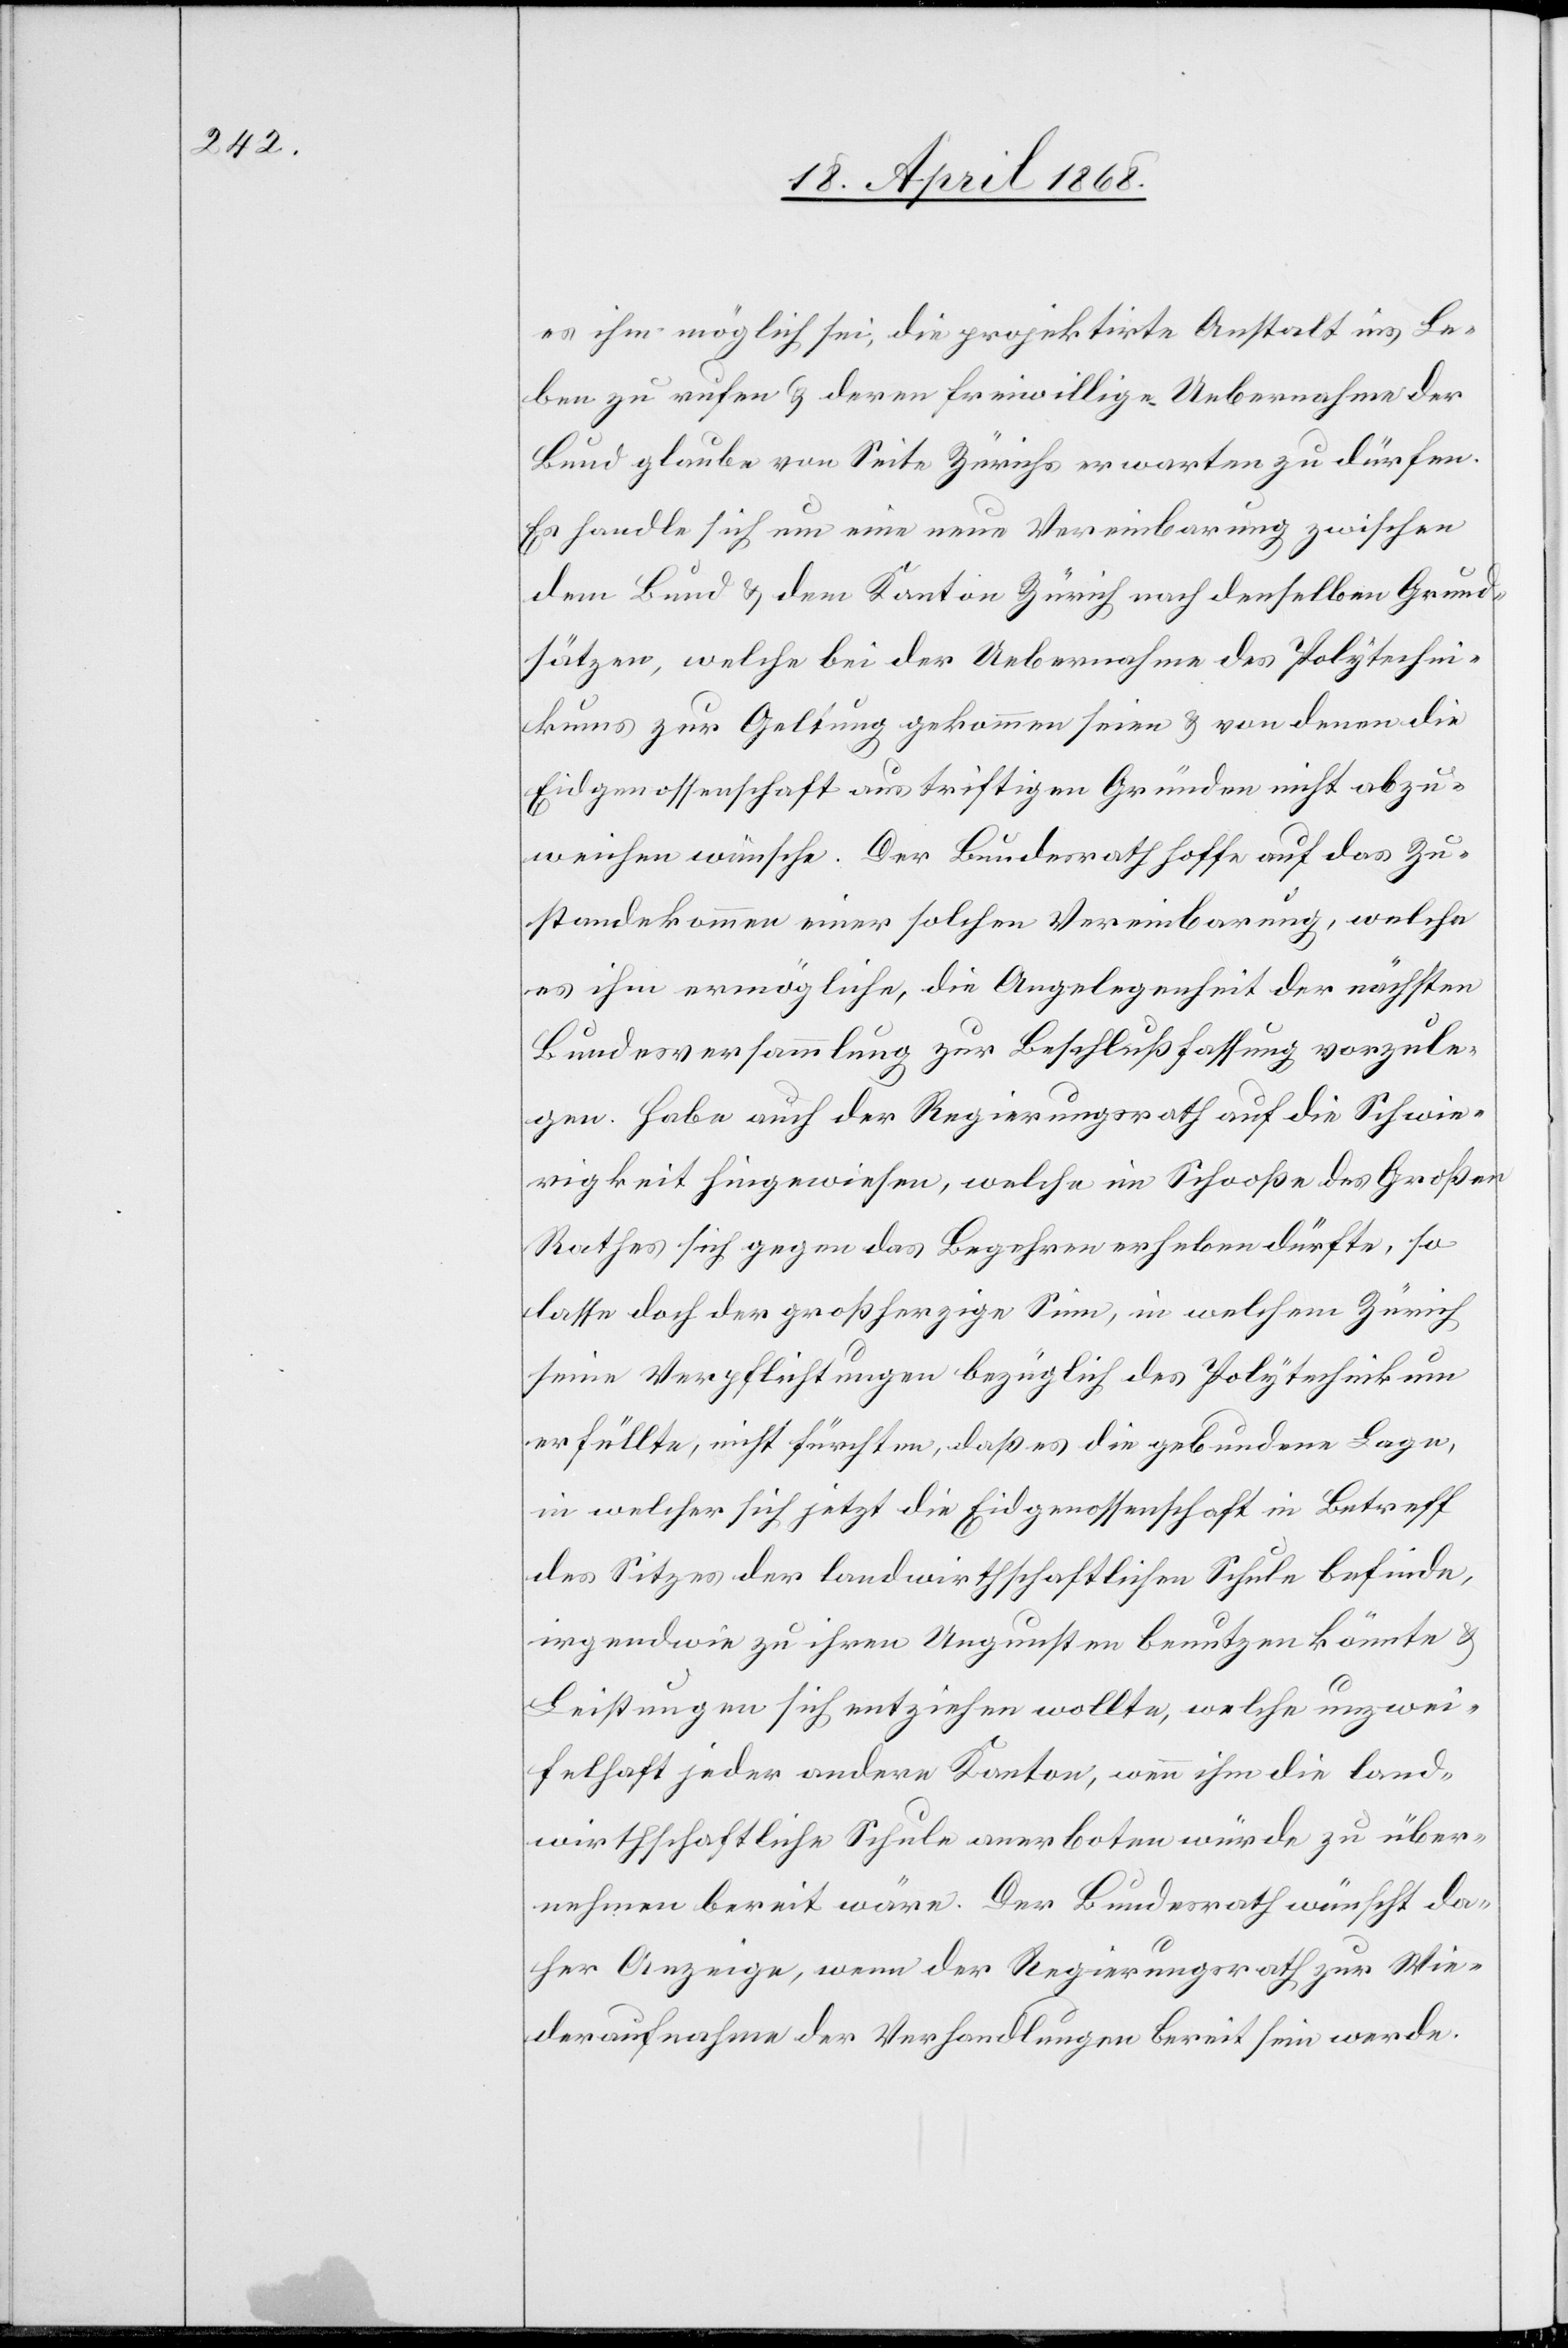
es ihm möglich sei, die projektirte Anstalt ins Le¬
ben zu rufen & deren freiwillige Uebernahme der
Bund glaube von Seite Zürichs erwarten zu dürfen.
Es handle sich um eine neue Vereinbarung zwischen
dem Bund & dem Kanton Zürich nach denselben Grund¬
sätzen, welche bei der Uebernahme des Polytechni¬
kums zur Geltung gekommen seien & von denen die
Eidgenossenschaft aus triftigen Gründen nicht abzu¬
weichen wünsche. Der Bundesrath hoffe auf das Zu¬
standekommen einer solchen Vereinbarung, welche
es ihm ermögliche, die Angelegenheit der nächsten
Bundesversammlung zur Beschlußfassung vorzule¬
gen. Habe auch der Regierungsrath auf die Schwie¬
rigkeit hingewiesen, welche im Schooße des Großen
Rathes sich gegen das Begehren erheben dürfte, so
lasse doch der großherzige Sinn, in welchem Zürich
seine Verpflichtungen bezüglich des Polytechnikum
erfüllte, nicht fürchten, daß es die gebundene Lage,
in welcher sich jetzt die Eidgenossenschaft in Betreff
des Sitzes der landwirthschaftlichen Schule befinde,
irgendwie zu ihren Ungunsten benutzen könnte &
Leistungen sich entziehen wollte, welche unzwei¬
felhaft jeder andere Kanton, wenn ihm die land¬
wirthschaftliche Schule anerboten würde zu über¬
nehmen bereit wäre. Der Bundesrath wünscht da¬
her Anzeige, wenn der Regierungsrath zur Wie¬
deraufnahme der Verhandlungen bereit sein werde.